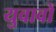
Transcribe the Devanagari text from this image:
युवावों